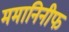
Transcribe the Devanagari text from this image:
ममानिनीफ